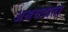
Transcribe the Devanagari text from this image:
अश्रयदाता